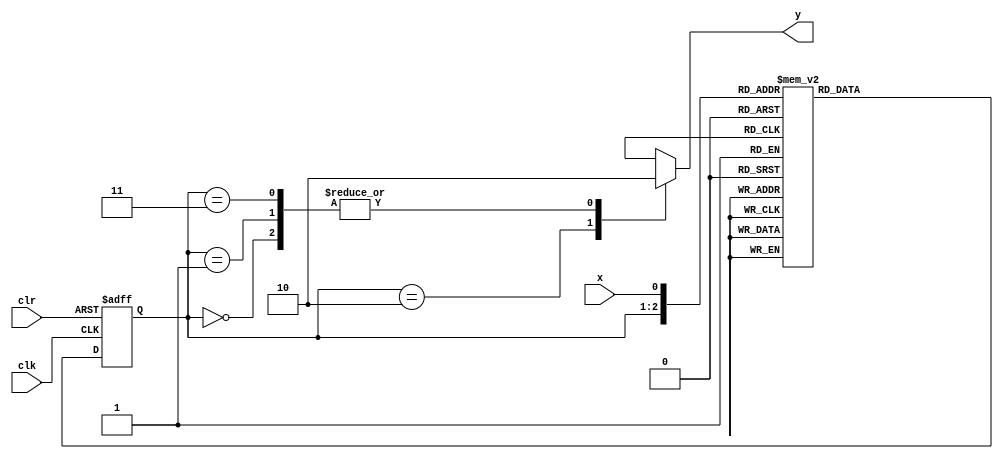
module RegExp(input clk, 
			  input clr, 
			  input x, 
			  output reg y);
	reg[1:0] state;
	reg[1:0] next;

	// Clear or advance state
	always @(posedge clr, negedge clk)
		if (clr)
			state = 0;
		else
			state = next;

	// Calculate next state
	always @(state, x)
		// Check all possible values for state (truth table)
		case ({state, x})
			3'b000: next = 2'b01;
			3'b001: next = 2'b11;
			3'b010: next = 2'b10;
			3'b011: next = 2'b01;
			3'b100: next = 2'b11;
			3'b101: next = 2'b11;
			3'b110: next = 2'b11;
			3'b111: next = 2'b11;
		endcase

	// Calculate output
	// Implementing Moore FSM which only depends on current state
	always @(state)
		case(state)
			2'b00: y = 1'b0;
			2'b01: y = 1'b0;
			2'b10: y = 1'b1;
			2'b11: y = 1'b0;
		endcase
endmodule